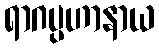
ရာဂပ္ပဟာနာယ